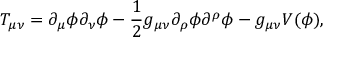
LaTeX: T _ { \mu \nu } = \partial _ { \mu } \phi \partial _ { \nu } \phi - \frac { 1 } { 2 } g _ { \mu \nu } \partial _ { \rho } \phi \partial ^ { \rho } \phi - g _ { \mu \nu } V ( \phi ) ,